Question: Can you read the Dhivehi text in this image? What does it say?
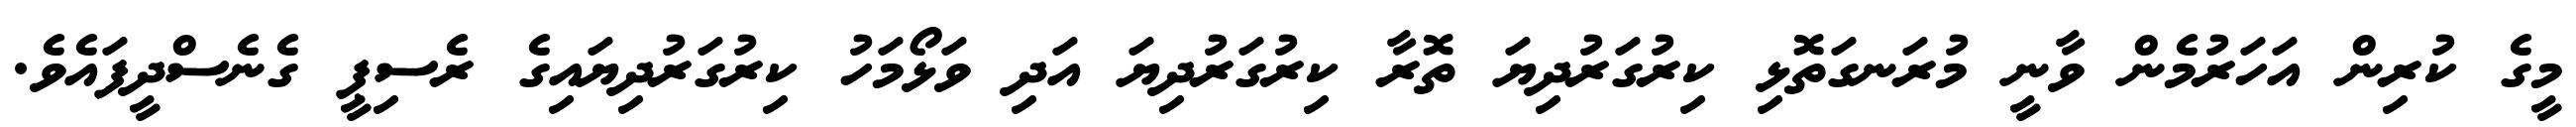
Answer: މީގެ ކުރިން އަހަރުމެން ވާނީ މުރަނގަތޮޅި ކިރުގަރުދިޔަ ތޮރާ ކިރުގަރުދިޔަ އަދި ވަޅޯމަހު ކިރުގަރުދިޔައިގެ ރެސިޕީ ގެނެސްދީފައެވެ.